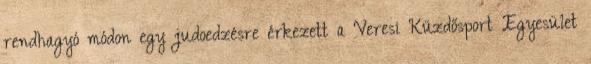
rendhagyó módon egy judoedzésre érkezett a Veresi Küzdősport Egyesület